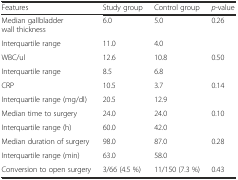
<table><thead><tr><td><b>Features</b></td><td><b>Study group</b></td><td><b>Control group</b></td><td><b><i>p</i>-value</b></td></tr></thead><tbody><tr><td>Median gallbladder wall thickness</td><td>6.0</td><td>5.0</td><td rowspan="2">0.26</td></tr><tr><td>Interquartile range </td><td>11.0</td><td>4.0</td></tr><tr><td>WBC/ul</td><td>12.6</td><td>10.8</td><td rowspan="2">0.50</td></tr><tr><td>Interquartile range</td><td>8.5</td><td>6.8</td></tr><tr><td>CRP</td><td>10.5</td><td>3.7</td><td rowspan="2">0.14</td></tr><tr><td>Interquartile range (mg/dl)</td><td>20.5</td><td>12.9</td></tr><tr><td>Median time to surgery</td><td>24.0</td><td>24.0</td><td rowspan="2">0.10</td></tr><tr><td>Interquartile range (h)</td><td>60.0</td><td>42.0</td></tr><tr><td>Median duration of surgery</td><td>98.0</td><td>87.0</td><td rowspan="2">0.28</td></tr><tr><td>Interquartile range (min)</td><td>63.0</td><td>58.0</td></tr><tr><td>Conversion to open surgery</td><td>3/66 (4.5 %)</td><td>11/150 (7.3 %)</td><td>0.43</td></tr></tbody></table>